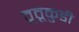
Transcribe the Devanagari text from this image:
तूतूकुडी